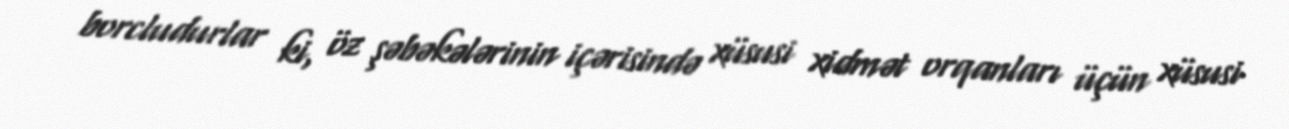
borcludurlar ki, öz şəbəkələrinin içərisində xüsusi xidmət orqanları üçün xüsusi